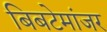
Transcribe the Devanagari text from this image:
बिबटेमांजर